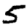
Digit: 5